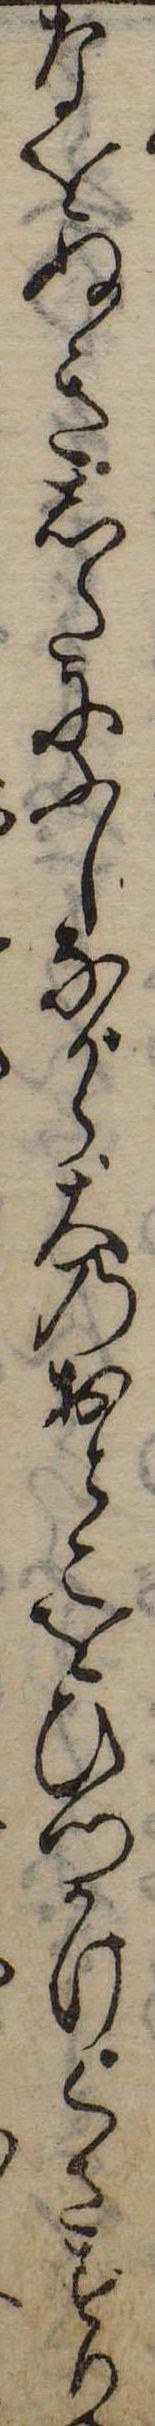
なをぬきしたにふしながら大のおとこをひつかけくさずり